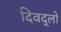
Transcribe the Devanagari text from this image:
दिवद्लो